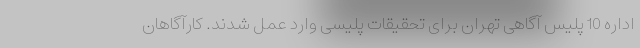
اداره 10 پلیس آگاهی تهران برای تحقیقات پلیسی وارد عمل شدند. کارآگاهان